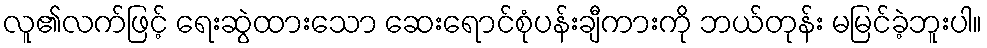
လူ၏လက်ဖြင့် ရေးဆွဲထားသော ဆေးရောင်စုံပန်းချီကားကို ဘယ်တုန်း မမြင်ခဲ့ဘူးပါ။